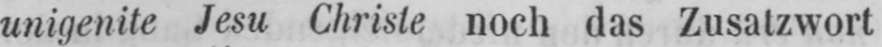
unigenite Jesu Christe noch das Zusatzwort